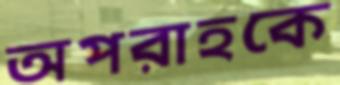
অপরাহকে